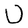
Character: U